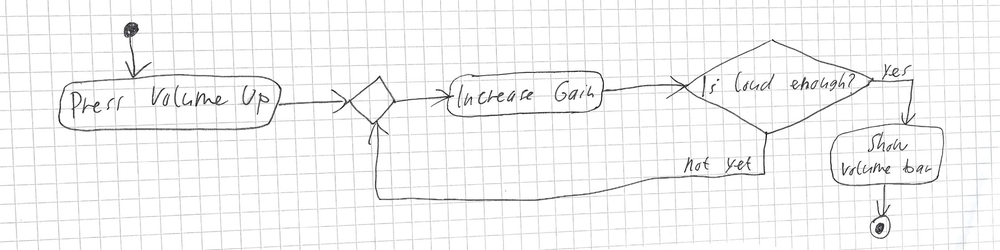
Diagram type: activity_diagram
```plantuml
@startuml

start
:Press Volume Up;
repeat
  :Increase Gain;
repeat while (Is loud enough?) is (not yet) not (yes)
:Show Volume Bar;
stop

@enduml
```